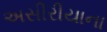
અસીરીયાના